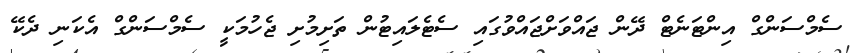
ސެމްސަންގް އިންޓަނެޓް ދޭން ޖައްވަށްޖައްވުގައި ސެޓެލައިޓުން ތަށިމުށި ޖެހުމަކީ ސެމްސަންގް އެކަނި ދެކޭ